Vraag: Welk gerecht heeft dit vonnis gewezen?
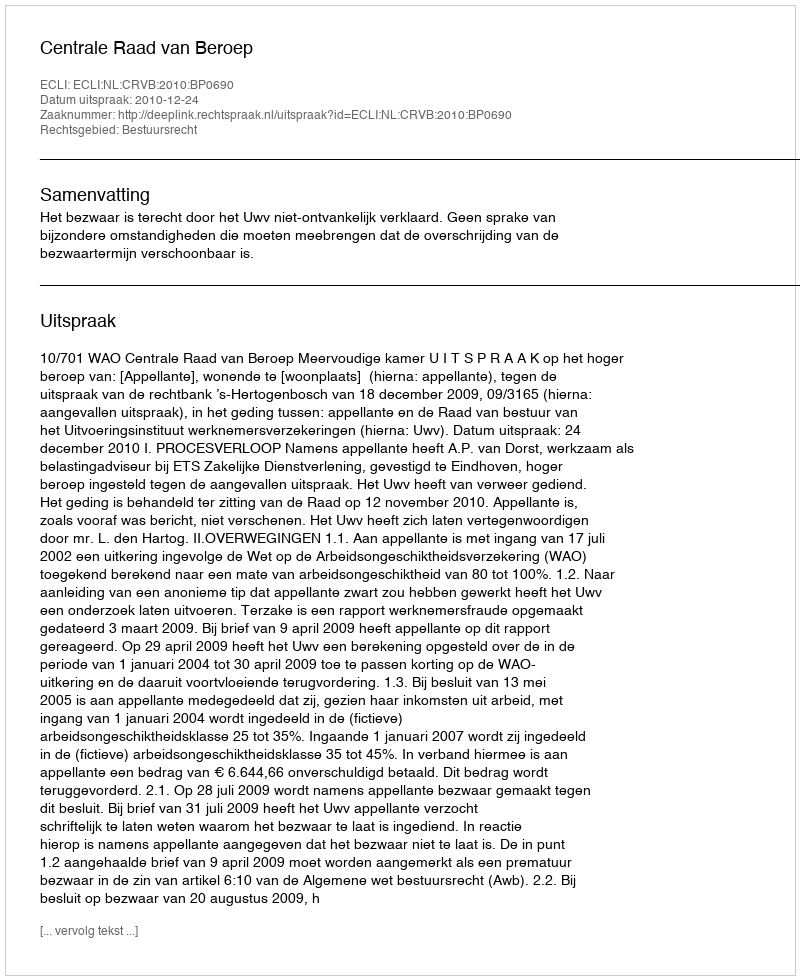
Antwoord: Centrale Raad van Beroep